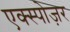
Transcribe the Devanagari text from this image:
एक्स्पोज़र